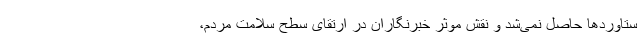
ستاوردها حاصل نمی‌شد و نقش موثر خبرنگاران در ارتقای سطح سلامت مردم،